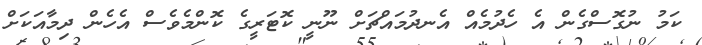
ކަމު ނުގޮސްގެން އެ ހެދުމެއް އެނދުމައްޗަށް ނޫނީ ކޮޓަރީގެ ކޮންމެވެސް އެހެން ދިމާއަކަށް